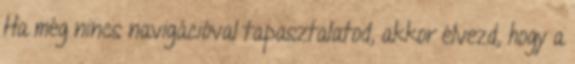
Ha még nincs navigációval tapasztalatod, akkor élvezd, hogy a